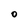
Character: O